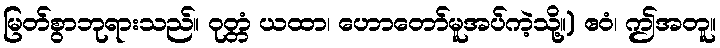
မြတ်စွာဘုရားသည်။ ဝုတ္တံ ယထာ၊ ဟောတော်မူအပ်ကဲ့သို့။) ဧဝံ၊ ဤအတူ။